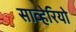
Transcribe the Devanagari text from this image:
साव्हेरियो